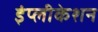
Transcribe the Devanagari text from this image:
इंप्लीकेशन